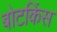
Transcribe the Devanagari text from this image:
बोटकिंस